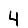
Digit: 4